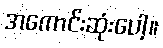
အကောင်းဆုံးပေါ့။